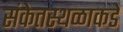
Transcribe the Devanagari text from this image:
संकेतस्थळाकडे